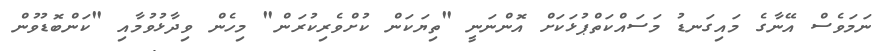
ނަމަވެސް އޭނާގެ މައިގަނޑު މަސައްކަތްޕުޅަކަށް އޮންނަނީ "ތިޔަކަން ކުށްވެރިކުރަން" މިހެން ވިދާޅުވުމާއި "ކަންބޮޑުވުން